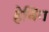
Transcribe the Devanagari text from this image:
हेविंग